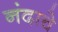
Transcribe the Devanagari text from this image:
नंदाचे